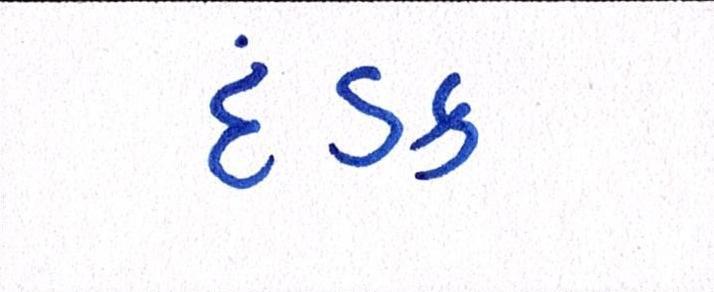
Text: દંડક